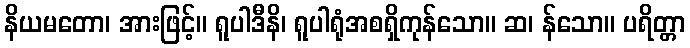
နိယမတော၊ အားဖြင့်။ ရူပါဒီနိ၊ ရူပါရုံအစရှိကုန်သော။ ဆ၊ န်သော။ ပရိတ္တာ